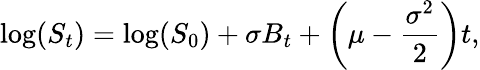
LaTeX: \log(S_{t})=\log(S_{0})+\sigma B_{t}+\left(\mu-{\frac{\sigma^{2}}{2}}\right)t,